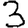
Digit: 3